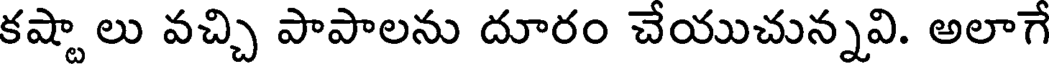
కష్టా లు వచ్చి పాపాలను దూరం చేయుచున్నవి. అలాగే